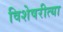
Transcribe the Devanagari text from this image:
विशेषरीत्या